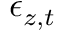
\epsilon _ { z , t }